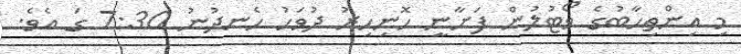
މި އިންތިހާބުގެ ވޯޓުލުން ފަށާނީ ހޮނިހިރު ދުވަހު ހެނދުނު 7:30 ގަ އެވެ.